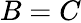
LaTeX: B=C